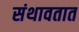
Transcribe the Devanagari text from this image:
संथावतात